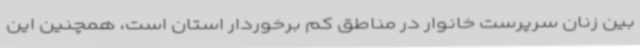
بین زنان سرپرست خانوار در مناطق کم برخوردار استان است، همچنین این